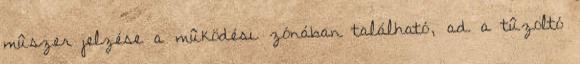
mûszer jelzése a mûködési zónában található, ad a tûzoltó